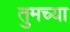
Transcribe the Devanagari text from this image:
तुमच्‍या